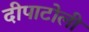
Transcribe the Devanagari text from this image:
दीपाटोली